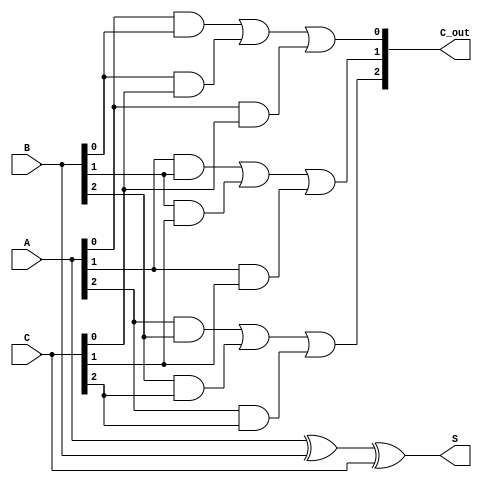
module CarrySaveAdder (
    input  [2:0] A,  // First 3-bit input
    input  [2:0] B,  // Second 3-bit input
    input  [2:0] C,  // Third 3-bit input
    output [2:0] S,  // Sum output
    output [2:0] C_out // Carry output
);

    // Sum outputs using XOR for each bit
    assign S = A ^ B ^ C;

    // Carry outputs using AND and OR gates
    assign C_out[0] = (A[0] & B[0]) | (B[0] & C[0]) | (A[0] & C[0]);
    assign C_out[1] = (A[1] & B[1]) | (B[1] & C[1]) | (A[1] & C[1]);
    assign C_out[2] = (A[2] & B[2]) | (B[2] & C[2]) | (A[2] & C[2]);

endmodule